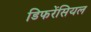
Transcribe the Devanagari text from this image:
डिफरेंसियल